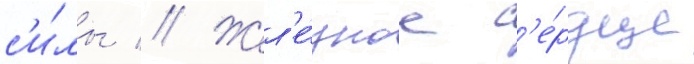
с'и́лы // Жел'е́зное с'е́рдце